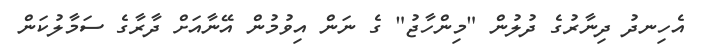
އެހިނދު ދިނާރުގެ ދުލުން "މިންހާޖު" ގެ ނަން އިވުމުން އޭނާއަށް ދާރާގެ ސަމާލުކަން